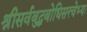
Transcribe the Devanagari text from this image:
श्रीसर्वबुद्धबोधिसत्त्वेभ्यः